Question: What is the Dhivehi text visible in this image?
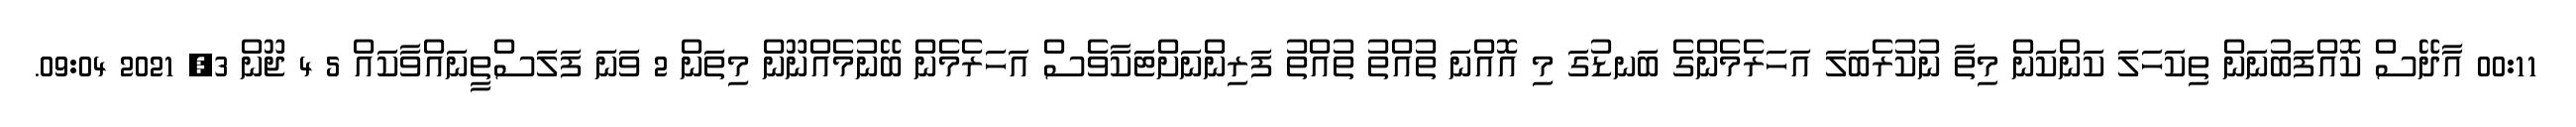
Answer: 00:11 އާދޭސް ކޮއްފަބުނަން ތިކަހަލަ ކަންކަން މިތާ ނުކުރެބަލަ އަހަރެމެންގެ ބަނޑުގަ މި އޮއްނަ ތުއްތު ތުއްތު ފަރިންނަށްޓަކާވެސް އަހަރެމެން ބޭނުމެއްނޫން މިތަން 2 ވަނަ ފަލަސްތީނައްވާކައް 5 4 ޖޫން 3, 2021 09:04.